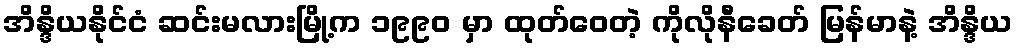
အိန္ဒိယနိုင်ငံ ဆင်းမလားမြို့က ၁၉၉၀ မှာ ထုတ်ဝေတဲ့ ကိုလိုနီခေတ် မြန်မာနဲ့ အိန္ဒိယ